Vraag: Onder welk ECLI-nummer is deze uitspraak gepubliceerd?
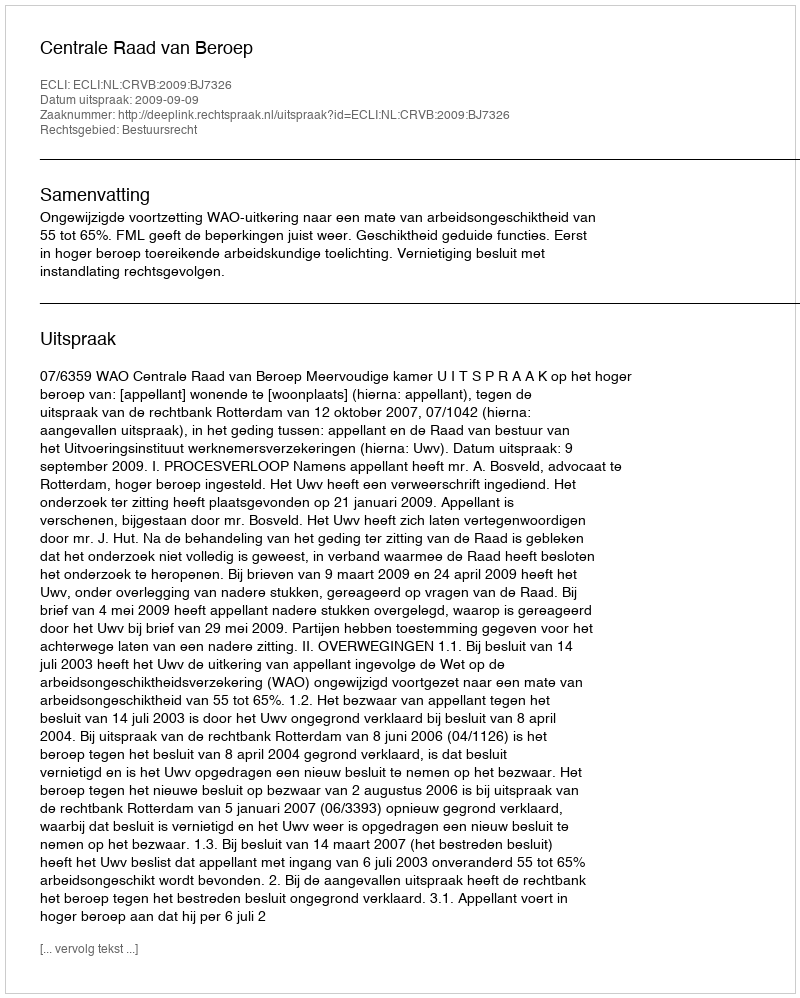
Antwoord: ECLI:NL:CRVB:2009:BJ7326